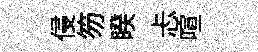
侵笏睽忐喧